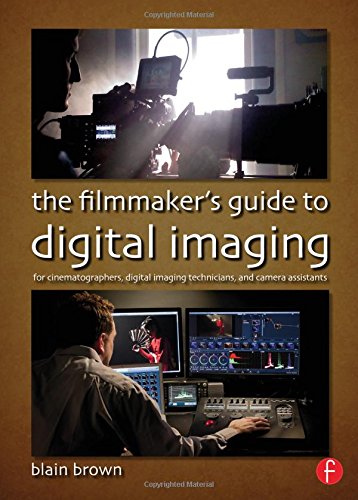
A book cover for The Filmmaker's Guide to Digital Imaging: for Cinematographers, Digital Imaging Technicians, and Camera Assistants; Blain Brown; Humor & Entertainment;